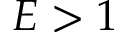
E > 1